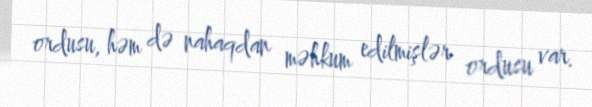
ordusu, həm də nahaqdan məhkum edilmişlər ordusu var.